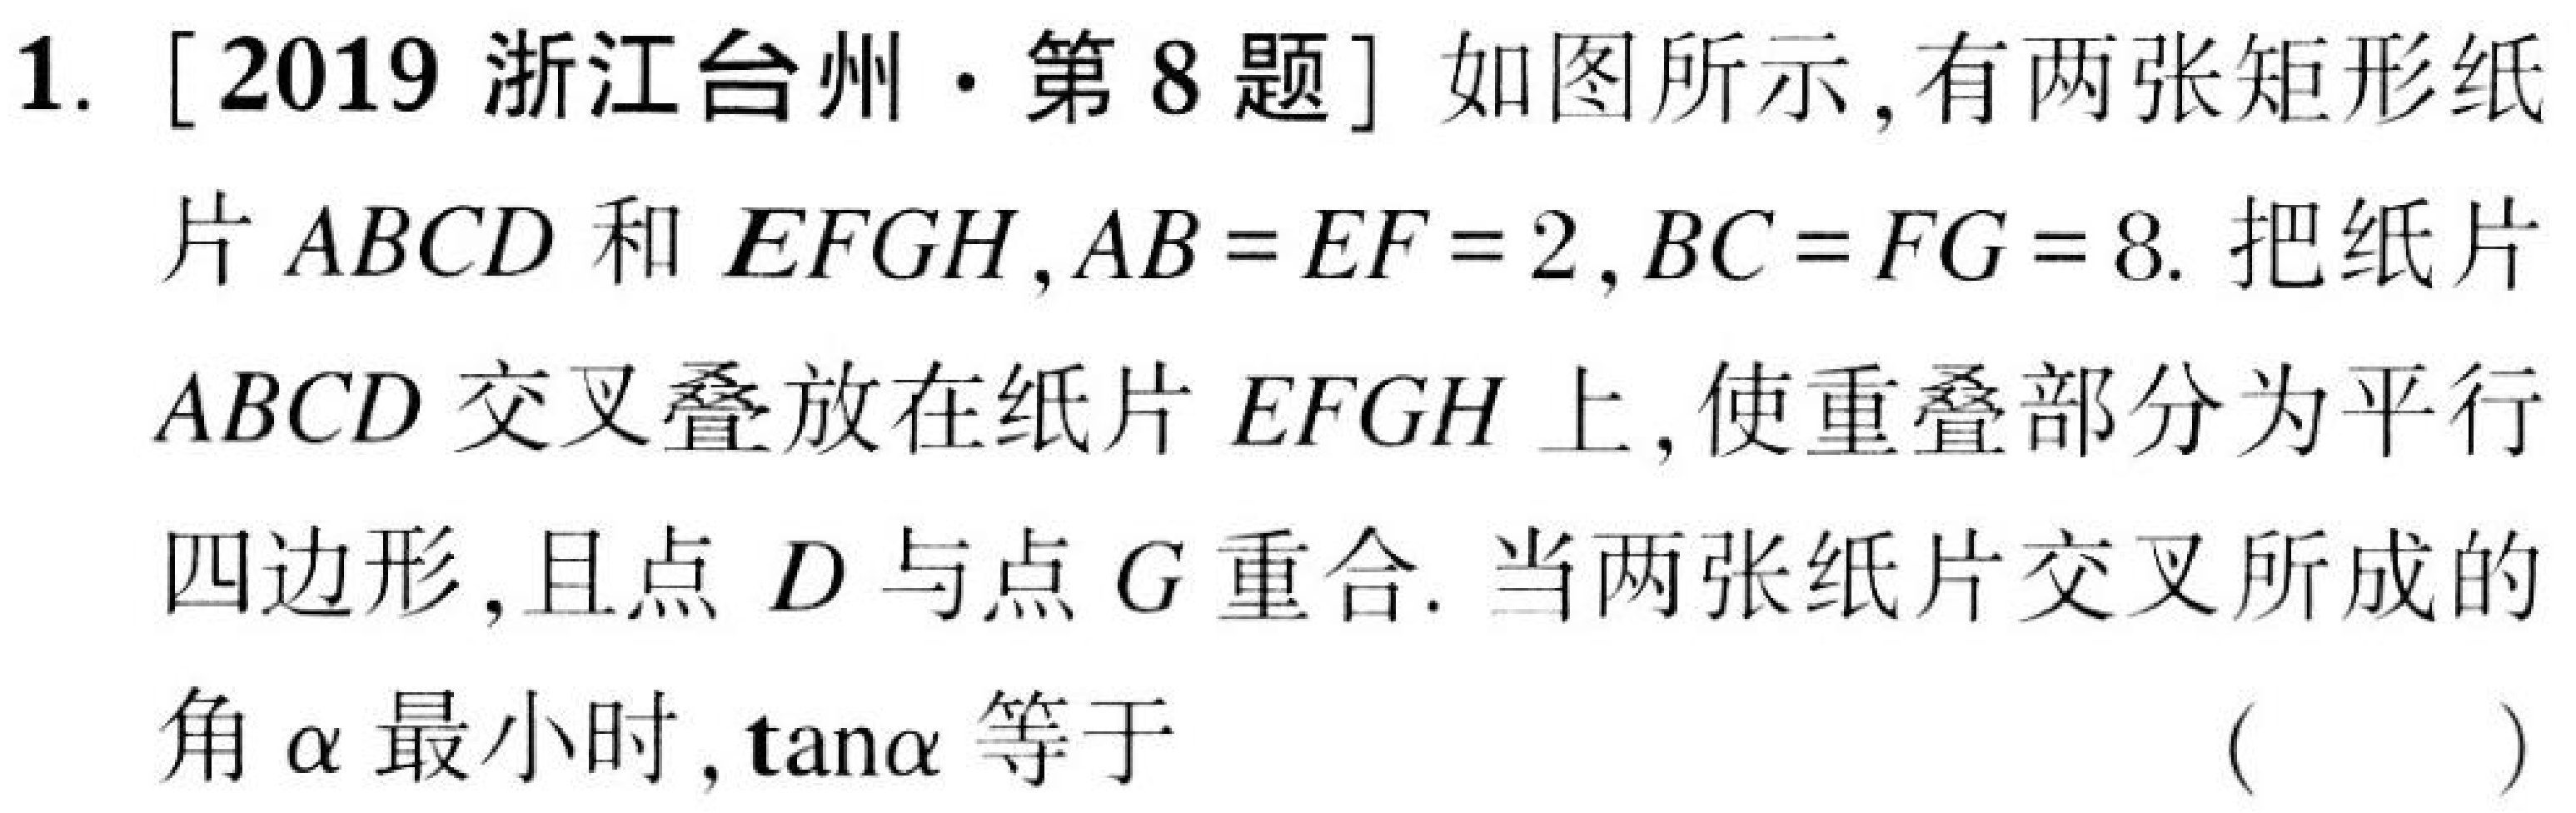
1. [2019浙江台州·第8题] 如图所示，有两张矩形纸
片\(ABCD\)和\(EFGH\)，\(AB = EF = 2\)，\(BC = FG = 8\). 把纸片
\(ABCD\)交叉叠放在纸片\(EFGH\)上，使重叠部分为平行
四边形，且点\(D\)与点\(G\)重合. 当两张纸片交叉所成的
角\(\alpha\)最小时，\(\tan\alpha\)等于 （  ）